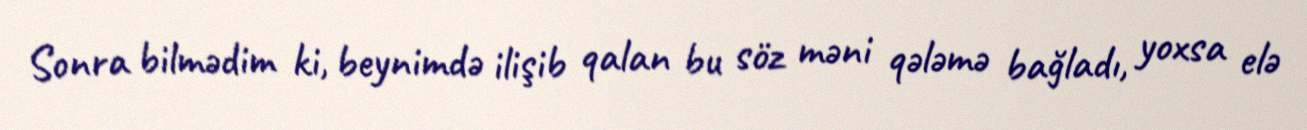
Sonra bilmədim ki, beynimdə ilişib qalan bu söz məni qələmə bağladı, yoxsa elə